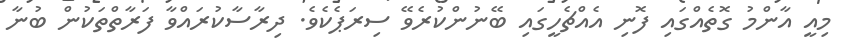
މިއީ އާންމު ގޮތެއްގައި ފޮނި އެއްޗެހީގައި ބޭނުންކުރެވޭ ސިރަޕެކެވެ. ދިރާސާކުރައްވާ ފަރާތްތަކުން ބުނާ